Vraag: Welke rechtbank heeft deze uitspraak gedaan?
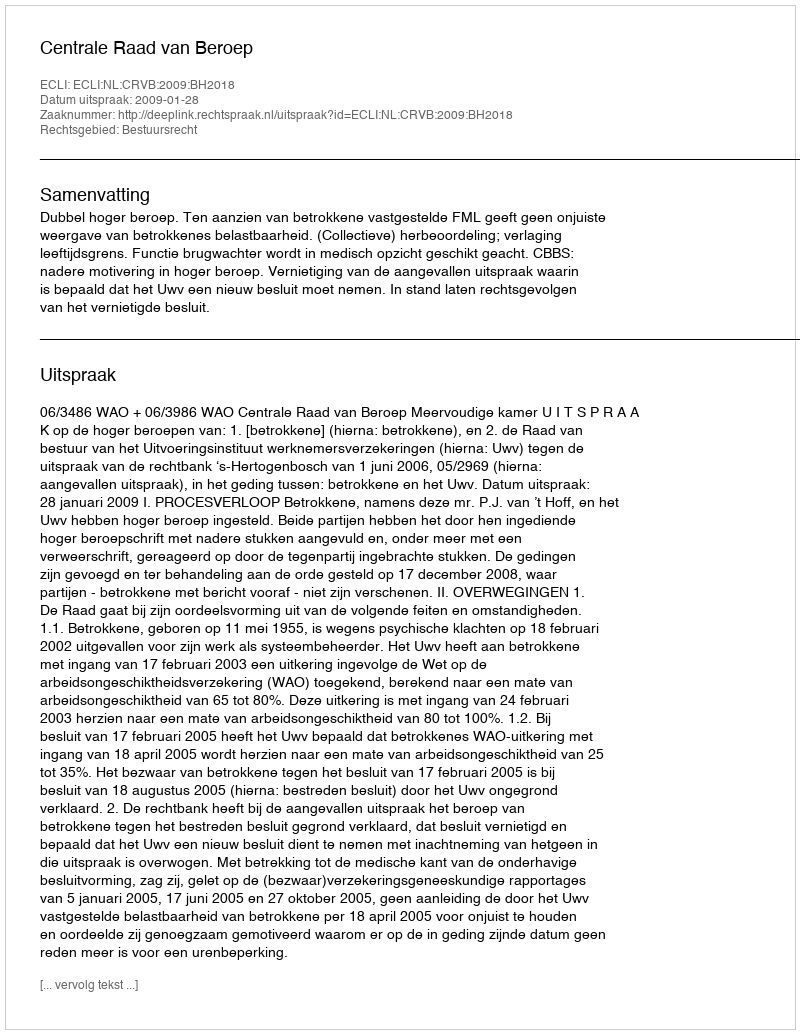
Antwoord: Centrale Raad van Beroep